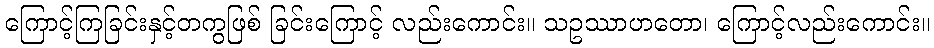
ကြောင့်ကြခြင်းနှင့်တကွဖြစ် ခြင်းကြောင့် လည်းကောင်း။ သဥဿာဟတော၊ ကြောင့်လည်းကောင်း။